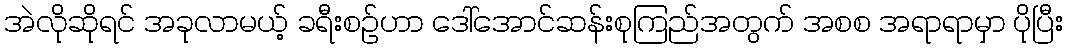
အဲလိုဆိုရင် အခုလာမယ့် ခရီးစဉ်ဟာ ဒေါ်အောင်ဆန်းစုကြည်အတွက် အစစ အရာရာမှာ ပိုပြီး